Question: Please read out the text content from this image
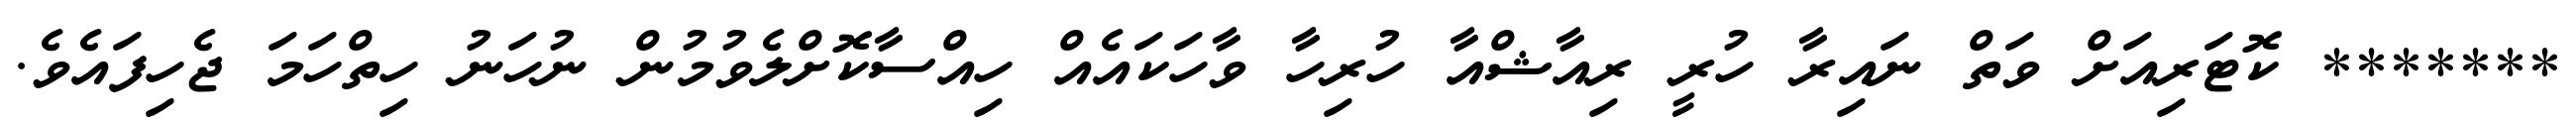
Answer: ******* ކޮޓަރިއަށް ވަތް ނައިރާ ހުރީ ރިއާޝްއާ ހުރިހާ ވާހަކައެއް ހިއްސާކޮށްލެވުމުން ނުހަނު ހިތްހަމަ ޖެހިފައެވެ.